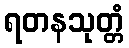
ရတနသုတ္တံ